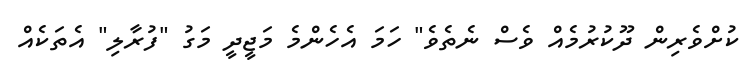
ކުށްވެރިން ދޫކުރުމެއް ވެސް ނެތެވެ" ހަމަ އެހެންމެ މަޖީދީ މަގު "ފުރާލި" އެތަކެއް